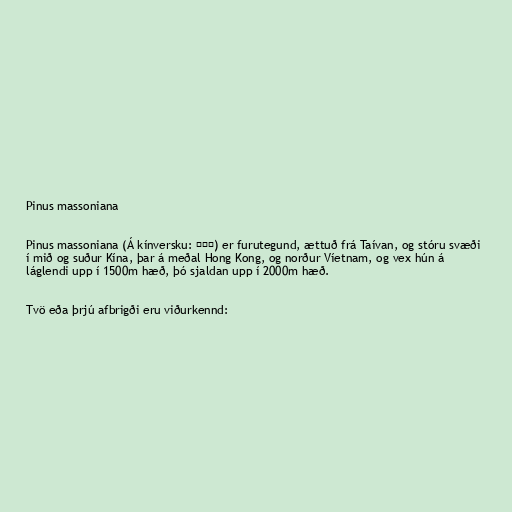
Pinus massoniana

Pinus massoniana (Á kínversku: 馬尾松) er furutegund, ættuð frá Taívan, og stóru svæði
í mið og suður Kína, þar á meðal Hong Kong, og norður Víetnam, og vex hún á
láglendi upp í 1500m hæð, þó sjaldan upp í 2000m hæð.

Tvö eða þrjú afbrigði eru viðurkennd: